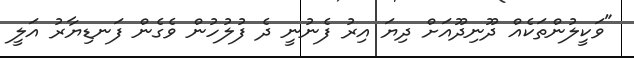
"ވަކީލުންތަކެއް ދޫނިދޫއަށް ދިޔަ އިރު ފެނުނީ ދެ ފުލުހުން ވެގެން ފަނޑިޔާރު އަލީ